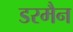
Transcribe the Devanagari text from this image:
डरमैन